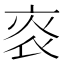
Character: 𤇯